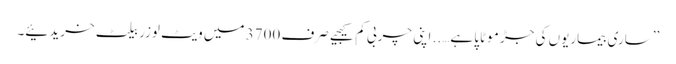
’’ساری بیماریوں کی جڑ موٹاپا ہے….. اپنی چربی کم کیجیے صرف 3700 میں ویٹ لوزر بیلٹ خریدئیے۔